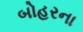
બોહરના